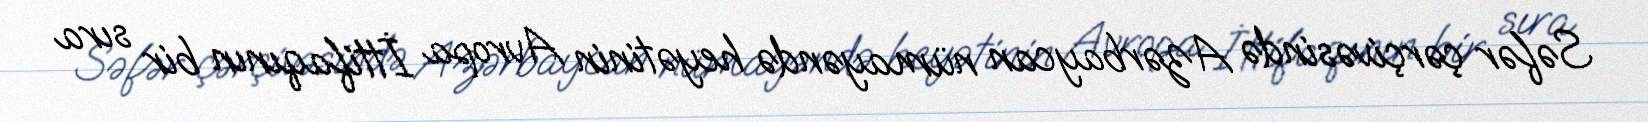
Səfər çərçivəsində Azərbaycan nümayəndə heyətinin Avropa İttifaqının bir sıra